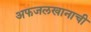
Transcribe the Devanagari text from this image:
अफजलखानाची